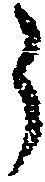
う